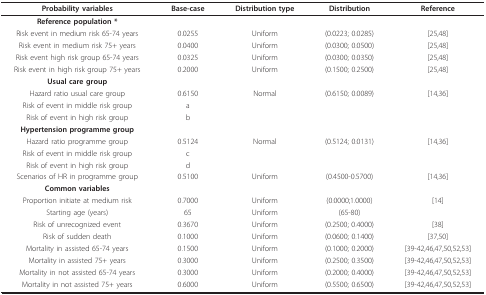
<table><thead><tr><td><b>Probability variables</b></td><td><b>Base-case</b></td><td><b>Distribution type</b></td><td><b>Distribution</b></td><td><b>Reference</b></td></tr></thead><tbody><tr><td><b>Reference population *</b></td><td></td><td></td><td></td><td></td></tr><tr><td>Risk event in medium risk 65-74 years</td><td>0.0255</td><td>Uniform</td><td>(0.0223; 0.0285)</td><td>[25,48]</td></tr><tr><td>Risk event in medium risk 75+ years</td><td>0.0400</td><td>Uniform</td><td>(0.0300; 0.0500)</td><td>[25,48]</td></tr><tr><td>Risk event high risk group 65-74 years</td><td>0.0325</td><td>Uniform</td><td>(0.0300; 0.0350)</td><td>[25,48]</td></tr><tr><td>Risk event in high risk group 75+ years</td><td>0.2000</td><td>Uniform</td><td>(0.1500; 0.2500)</td><td>[25,48]</td></tr><tr><td><b>Usual care group</b></td><td></td><td></td><td></td><td></td></tr><tr><td>Hazard ratio usual care group</td><td>0.6150</td><td>Normal</td><td>(0.6150; 0.0089)</td><td>[14,36]</td></tr><tr><td>Risk of event in middle risk group</td><td>a</td><td></td><td></td><td></td></tr><tr><td>Risk of event in high risk group</td><td>b</td><td></td><td></td><td></td></tr><tr><td><b>Hypertension programme group</b></td><td></td><td></td><td></td><td></td></tr><tr><td>Hazard ratio programme group</td><td>0.5124</td><td>Normal</td><td>(0.5124; 0.0131)</td><td>[14,36]</td></tr><tr><td>Risk of event in middle risk group</td><td>c</td><td></td><td></td><td></td></tr><tr><td>Risk of event in high risk group</td><td>d</td><td></td><td></td><td></td></tr><tr><td>Scenarios of HR in programme group</td><td>0.5100</td><td>Uniform</td><td>(0.4500-0.5700)</td><td>[14,36]</td></tr><tr><td><b>Common variables</b></td><td></td><td></td><td></td><td></td></tr><tr><td>Proportion initiate at medium risk</td><td>0.7000</td><td>Uniform</td><td>(0.0000;1.0000)</td><td>[14]</td></tr><tr><td>Starting age (years)</td><td>65</td><td>Uniform</td><td>(65-80)</td><td></td></tr><tr><td>Risk of unrecognized event</td><td>0.3670</td><td>Uniform</td><td>(0.2500; 0.4000)</td><td>[38]</td></tr><tr><td>Risk of sudden death</td><td>0.1000</td><td>Uniform</td><td>(0.0600; 0.1400)</td><td>[37,50]</td></tr><tr><td>Mortality in assisted 65-74 years</td><td>0.1500</td><td>Uniform</td><td>(0.1000; 0.2000)</td><td>[39-42,46,47,50,52,53]</td></tr><tr><td>Mortality in assisted 75+ years</td><td>0.3000</td><td>Uniform</td><td>(0.2500; 0.3500)</td><td>[39-42,46,47,50,52,53]</td></tr><tr><td>Mortality in not assisted 65-74 years</td><td>0.3000</td><td>Uniform</td><td>(0.2000; 0.4000)</td><td>[39-42,46,47,50,52,53]</td></tr><tr><td>Mortality in not assisted 75+ years</td><td>0.6000</td><td>Uniform</td><td>(0.5500; 0.6500)</td><td>[39-42,46,47,50,52,53]</td></tr></tbody></table>